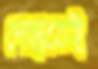
পেছাতেই